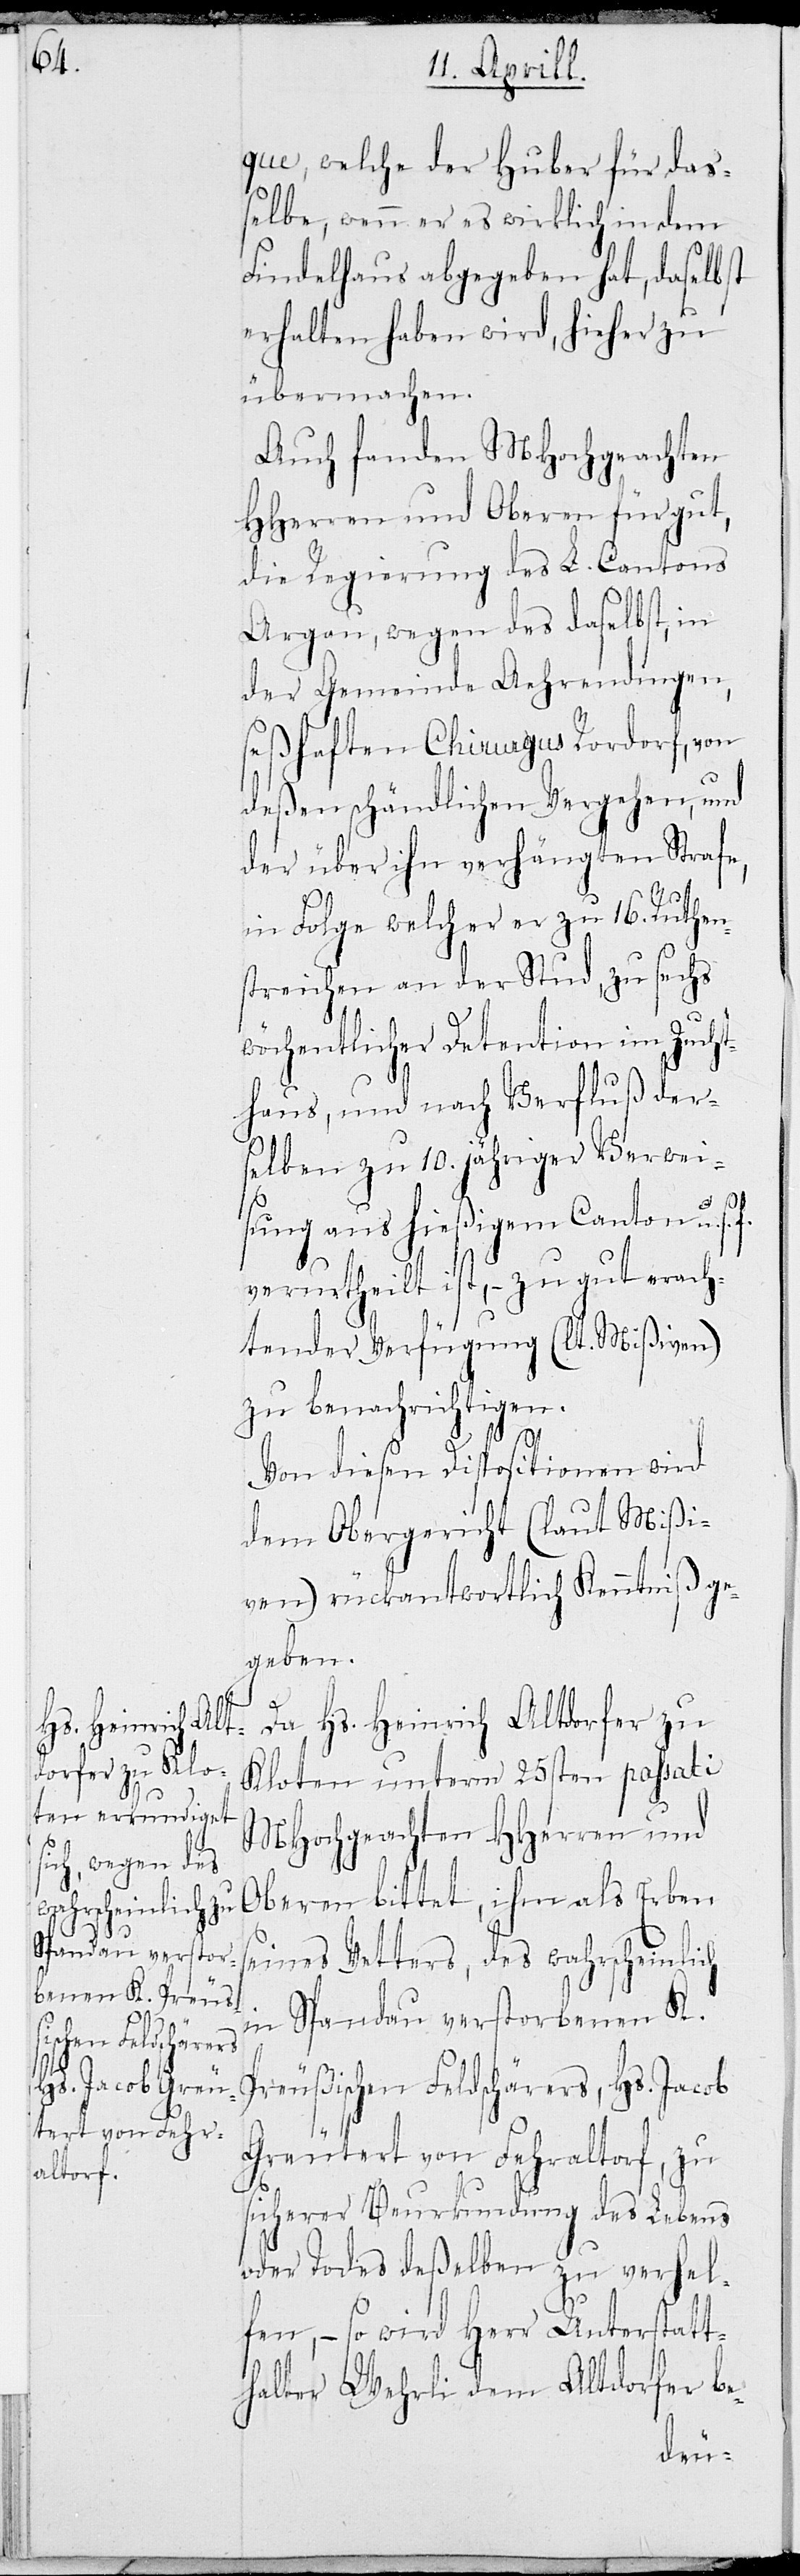
que, welcher der Huber für da¬
ßelbe, wenn er es wirklich in dem
Findelhaus abgegeben hat, daselbst
erhalten haben wird, hieher zu
übermachen.
Auch fanden MHochgeachten
HHerren und Oberen für gut,
die Regierung des L. Cantons
Argau, wegen des daselbst, in
der Gemeinde Ährendingen,
seßhaften Chirurgus Rordorf, von
deßen schändlichen Vergehen, und
s¬
in Folge welcher er zu 16 Ruthen¬
schlägen an der Stund, zu sechs
wöchentlicher Detention im Zucht¬
haus, und nach Verfluß der¬
selben zu 10. jähriger Verwei¬
sung aus dem Canton u.s.f.
verurtheilt ist, – zu gut erach¬
tender Verfügung (lt. Mißiven)
zu benachrichtigen.
Von diesen Dispositionen wird
dem Obergericht (laut Mißi¬
ven) rückantwortlich Kenntniß ge¬
geben.
Da Hs. Heinrich Altdorfer von
Kloten unterm 25ten passati
MHochgeachten HHerren und
Oberen bittet, ihm als Erben
eines Vetters, des wahrscheinlich
in Spandau verstorbenen K.
Preußischen Feldschärers, Hs. Jacob
Greutert von Fehraltorf, zu
sicherer Beurkundung des Lebens
oder Todes deßelben zu verhel¬
fen, – so wird Herr Unterstatt¬
halter Wehrli dem Altdorfer be-